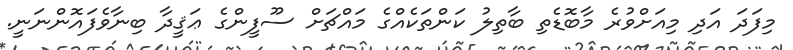
މިފަދަ އަދި މިއަށްވުރެ މާބޮޑެތި ބާތިލު ކަންތަކެއްގެ މައްޗަށް ސޫފީންގެ ޢަޤީދާ ބިނާވެފައޮންނަނީ.